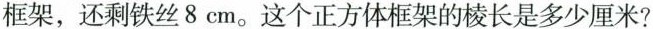
框架，还剩铁丝8cm。这个正方体框架的棱长是多少厘米?